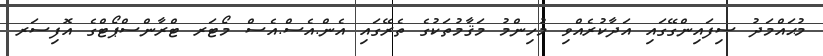
މުޙައްމަދު ސިފައިންގޭގައި އަދާކުރެއްވި މުހިންމު މަޤާމުތަކުގެ ތެރޭގައި އެން.އެސް.އެސް މޯޓަރ ޓްރާންސްޕޯޓްގެ އޮފިސަރ